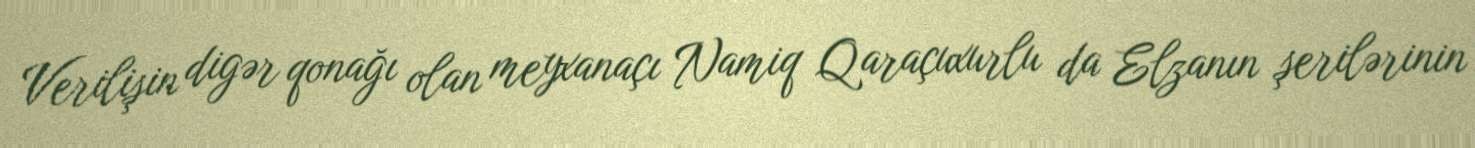
Verilişin digər qonağı olan meyxanaçı Namiq Qaraçuxurlu da Elzanın şerilərinin